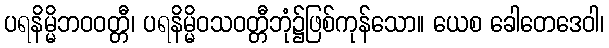
ပရနိမ္မိဘဝဝတ္တီ၊ ပရနိမ္မိဝသဝတ္တီဘုံ၌ဖြစ်ကုန်သော။ ယေစ ခေါတေဒေဝါ၊